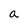
Character: a